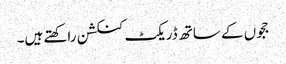
ججوں کے ساتھ ڈریکٹ کنکشن راکھتے ہیں۔